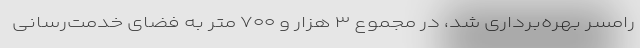
رامسر بهره‌برداری شد، در مجموع ۳ هزار و ۷۰۰ متر به فضای خدمت‌رسانی